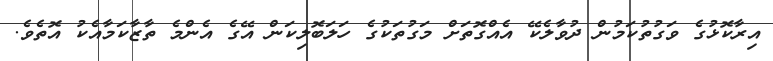
އިރާކޮޅުގެ ވަގުތުކަމުން ދުވާލެކޭ އެއްގޮތަށް މަގުތަކުގެ ހަލަބޮލިކަން އޭގެ އެންމެ ތާޒާކަމާއެކު އޮތެވެ.